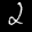
Label: 2